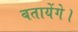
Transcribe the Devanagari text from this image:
बतायेंगे।